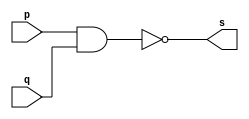
// -------------------------
// Exercicio0001 - NAND
// Nome: Paulo Ricardo B. Souza
// -------------------------

// -------------------------
// -- nand gate
// -------------------------
module nandgate ( output s,
						input p,
						input q);
	assign s = ~(p & q);
endmodule // nandgate

// ---------------------
// -- test nand gate
// ---------------------
module testnandgate;

// ------------------------- dados locais
	reg a, b; // definir registradores
	wire s; // definir conexao (fio)

// ------------------------- instancia

nandgate NAND1 (s, a, b);

// ------------------------- preparacao
initial begin:start
	a=0; b=0;
end

// ------------------------- parte principal
initial begin
	$display("Exercicio0001 - Paulo Ricardo B. Souza - 405828");
	$display("Test NAND gate");
	$display("\n~(a & b) = s\n");
	a=0; b=0;
	#1 $display("~(%b & %b) = %b", a, b, s);
	a=0; b=1;
	#1 $display("~(%b & %b) = %b", a, b, s);
	a=1; b=0;
	#1 $display("~(%b & %b) = %b", a, b, s);
	a=1; b=1;
	#1 $display("~(%b & %b) = %b", a, b, s);
	end
endmodule // testnandgate